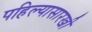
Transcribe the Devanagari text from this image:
पहिल्यासारखी